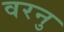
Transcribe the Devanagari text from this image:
वरनु